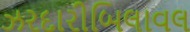
ઝરદારીબિલાવલ